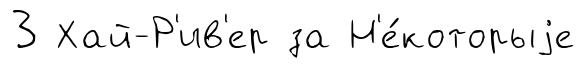
3 Хай-Р'ив'ер за Н'е́которыjе